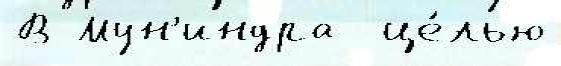
В Мун'индра  це́лью